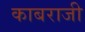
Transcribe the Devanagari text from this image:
काबराजी